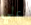
علي